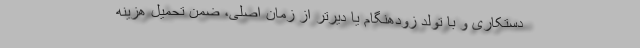
دستکاری و با تولد زودهنگام یا دیرتر از زمان اصلی، ضمن تحمیل هزینه